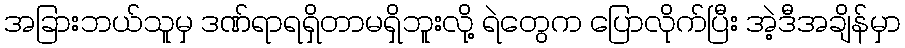
အခြားဘယ်သူမှ ဒဏ်ရာရရှိတာမရှိဘူးလို့ ရဲတွေက ပြောလိုက်ပြီး အဲ့ဒီအချိန်မှာ